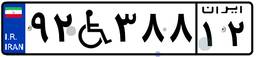
۹۲W۳۸۸۱۲